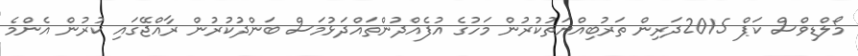
މޯލްޑިވްސް ކަޕް 2015ދަރިން ތަރުބިއްޔަތުކުރުން މަހުގެ އުފެއްދުންތައްދަޅުމަސް ބަންދުކުރުން ރާއްޖޭގައި ކުރުން އެންމެ